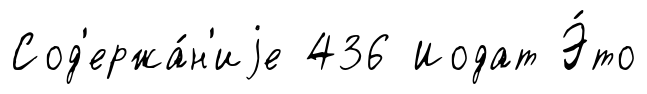
Сод'ержа́н'иjе 436 Иодат Э́то